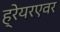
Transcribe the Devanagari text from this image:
ह्रेयरएवर